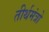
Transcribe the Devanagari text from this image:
तीर्थमंत्रो